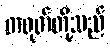
တရုတ်တို့သည်